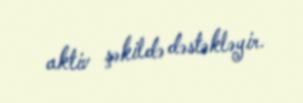
aktiv şəkildə dəstəkləyir.